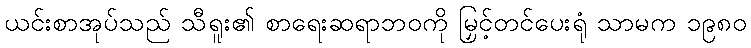
ယင်းစာအုပ်သည် သီရူး၏ စာရေးဆရာဘဝကို မြှင့်တင်ပေးရုံ သာမက ၁၉၈၀